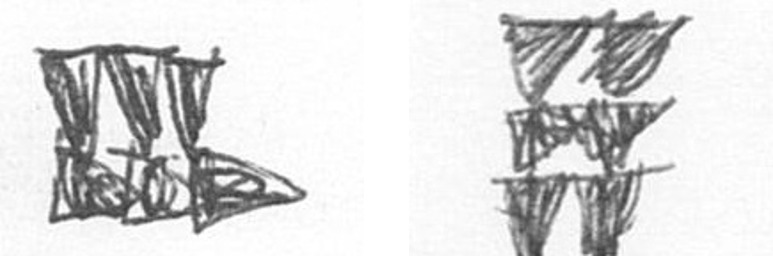
D Y